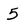
Character: 5